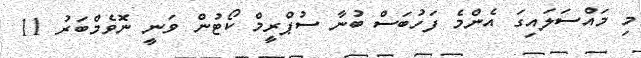
މި މައްސަލައިގަ އެންމެ ފަހުބަސް ބުނާ ސުޕްރީމް ކޯޓުން ވަނީ ނޮވެމްބަރު 11